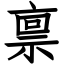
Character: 禀